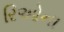
રિઓના